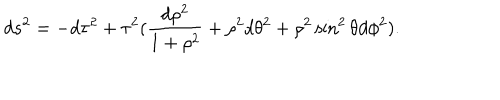
LaTeX: d s ^ { 2 } = - d \tau ^ { 2 } + \tau ^ { 2 } ( \frac { d \rho ^ { 2 } } { 1 + \rho ^ { 2 } } + \rho ^ { 2 } d \theta ^ { 2 } + \rho ^ { 2 } \sin ^ { 2 } \theta d \phi ^ { 2 } ) .